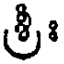
శ్రీః